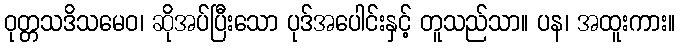
ဝုတ္တသဒိသမေဝ၊ ဆိုအပ်ပြီးသော ပုဒ်အပေါင်းနှင့် တူသည်သာ။ ပန၊ အထူးကား။